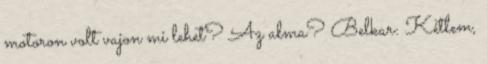
motoron volt vajon mi lehet? Az alma? Belkar: Kétlem,